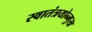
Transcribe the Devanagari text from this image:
स्वातंत्रयोन्मुख